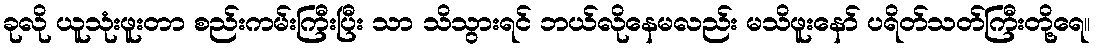
ခုလို ယူသုံးဖူးတာ စည်းကမ်းကြီးပြီး သာ သိသွားရင် ဘယ်လိုနေမလည်း မသိဖူးနော် ပရိတ်သတ်ကြီးတို့ရေ။